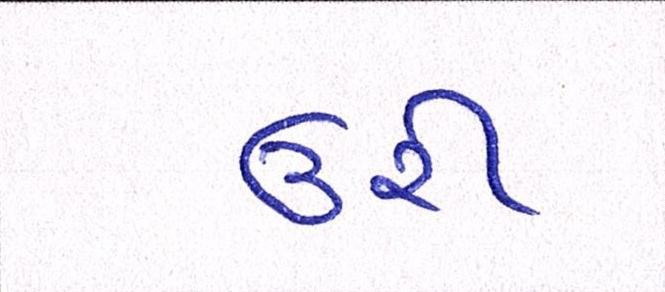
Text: ઉરી